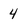
Character: 4